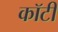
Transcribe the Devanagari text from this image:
कॉटी